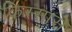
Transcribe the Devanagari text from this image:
किस्सास